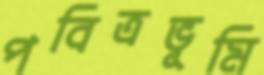
পবিত্রভূমি